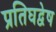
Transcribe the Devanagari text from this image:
प्रतिघद्वेष